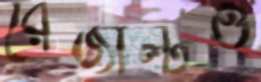
রেজাল্টও